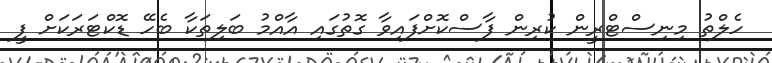
ހެލްތު މިނިސްޓްރީން ކުރިން ފާސްކޮށްފައިވާ ގޮތުގައި އާއްމު ބަލިތަކާ ބެހޭ ޑޮކްޓަރަކަށް ފީ